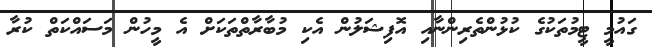
ގައުމީ ޓީމުތަކުގެ ކުޅުންތެރިންނާއި އޮފިޝަލުން އެކި މުބާރާތްތަކަށް އެ މީހުން މަސައްކަތް ކުރާ